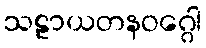
သဠာယတနဝဂ္ဂေါ